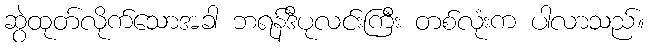
ဆွဲထုတ်လိုက်သောအခါ ဘရန်ဒီပုလင်းကြီး တစ်လုံးက ပါလာသည်။